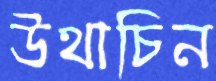
উথাচিন